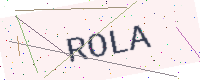
Text: ROLA